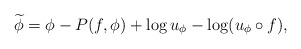
\begin{align*} \widetilde\phi = \phi - P(f,\phi) +\log u_\phi - \log (u_\phi\circ f),\end{align*}